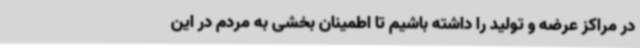
در مراکز عرضه و تولید را داشته باشیم تا اطمینان بخشی به مردم در این